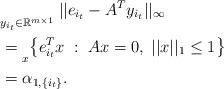
LaTeX: \begin{align*} &\underset{y_{i_t}\in \mathbb{R}^{m\times 1}}{ }\; ||e_{i_t} - A^T y_{i_t}||_{\infty}\;\\ &= \underset{x}{ } \big\{ e_{i_t}^Tx\; : \; Ax=0, \; ||x||_1 \leq 1 \big\} \\ &=\alpha_{1,\{i_t\}}.\end{align*}